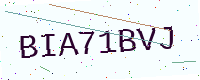
Text: BIA71BVJ